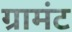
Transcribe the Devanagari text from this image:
ग्रामंट